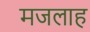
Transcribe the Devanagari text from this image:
मजलाह